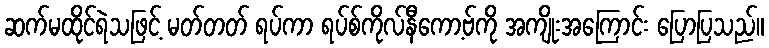
ဆက်မထိုင်ရဲသဖြင့် မတ်တတ် ရပ်ကာ ရပ်စ်ကိုလ်နီကော့ဗ်ကို အကျိုးအကြောင်း ပြောပြသည်။